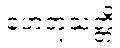
ဟေတုသတ္တိ